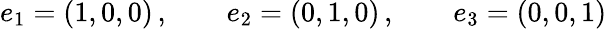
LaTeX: e_{1}=(1,0,0)\, ,\qquad e_{2}=(0,1,0)\, ,\qquad e_{3}=(0,0,1)